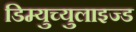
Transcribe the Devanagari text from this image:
डिम्युच्युलाइज्ड